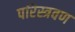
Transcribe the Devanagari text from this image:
परिस्त्रवण